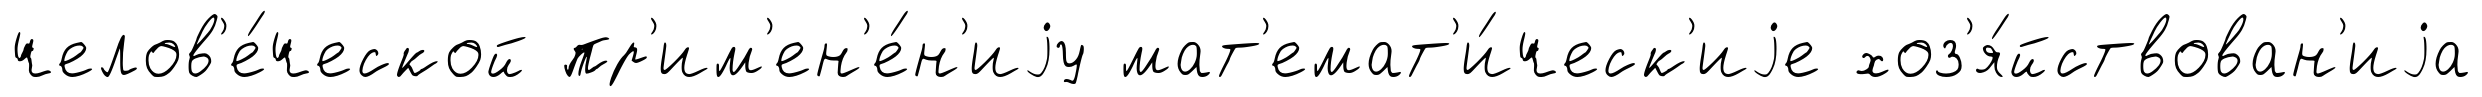
челов'е́ческой пр'им'ен'е́н'иjу мат'емат'и́ческ'иjе хоз'я́йствован'иjа